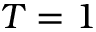
T = 1